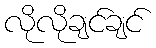
လိုလိုချင်ချင်